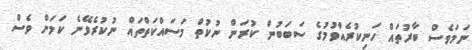
ނަމަވެސް ބާރުތައް ހަނިކުރެއްވުމުގެ ސަބަބުން ކުރަން ނުކުތް މަސައްކަތްތައް ނުކުރެވޭނެ ކަމަށް ވެސް